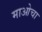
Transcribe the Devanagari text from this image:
माओचा